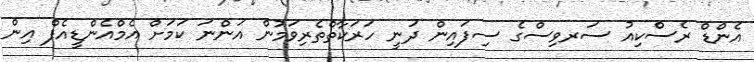
އެންޑް ރެސްކިއު ސަރވިސްގެ ސިފައިން ދަނީ ހަރަކާތްތެރިވަމުން އަންނަ ކަމަށް އެމްއެންޑީއެފް އިން